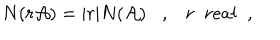
N ( r { \cal A } ) = \vert r \vert N ( { \cal A } ) , r \; \; r e a l \; \; ,